NAE_kihelkonnakohtute_kirjad_ja_protokollid_1869-1889, lk 4
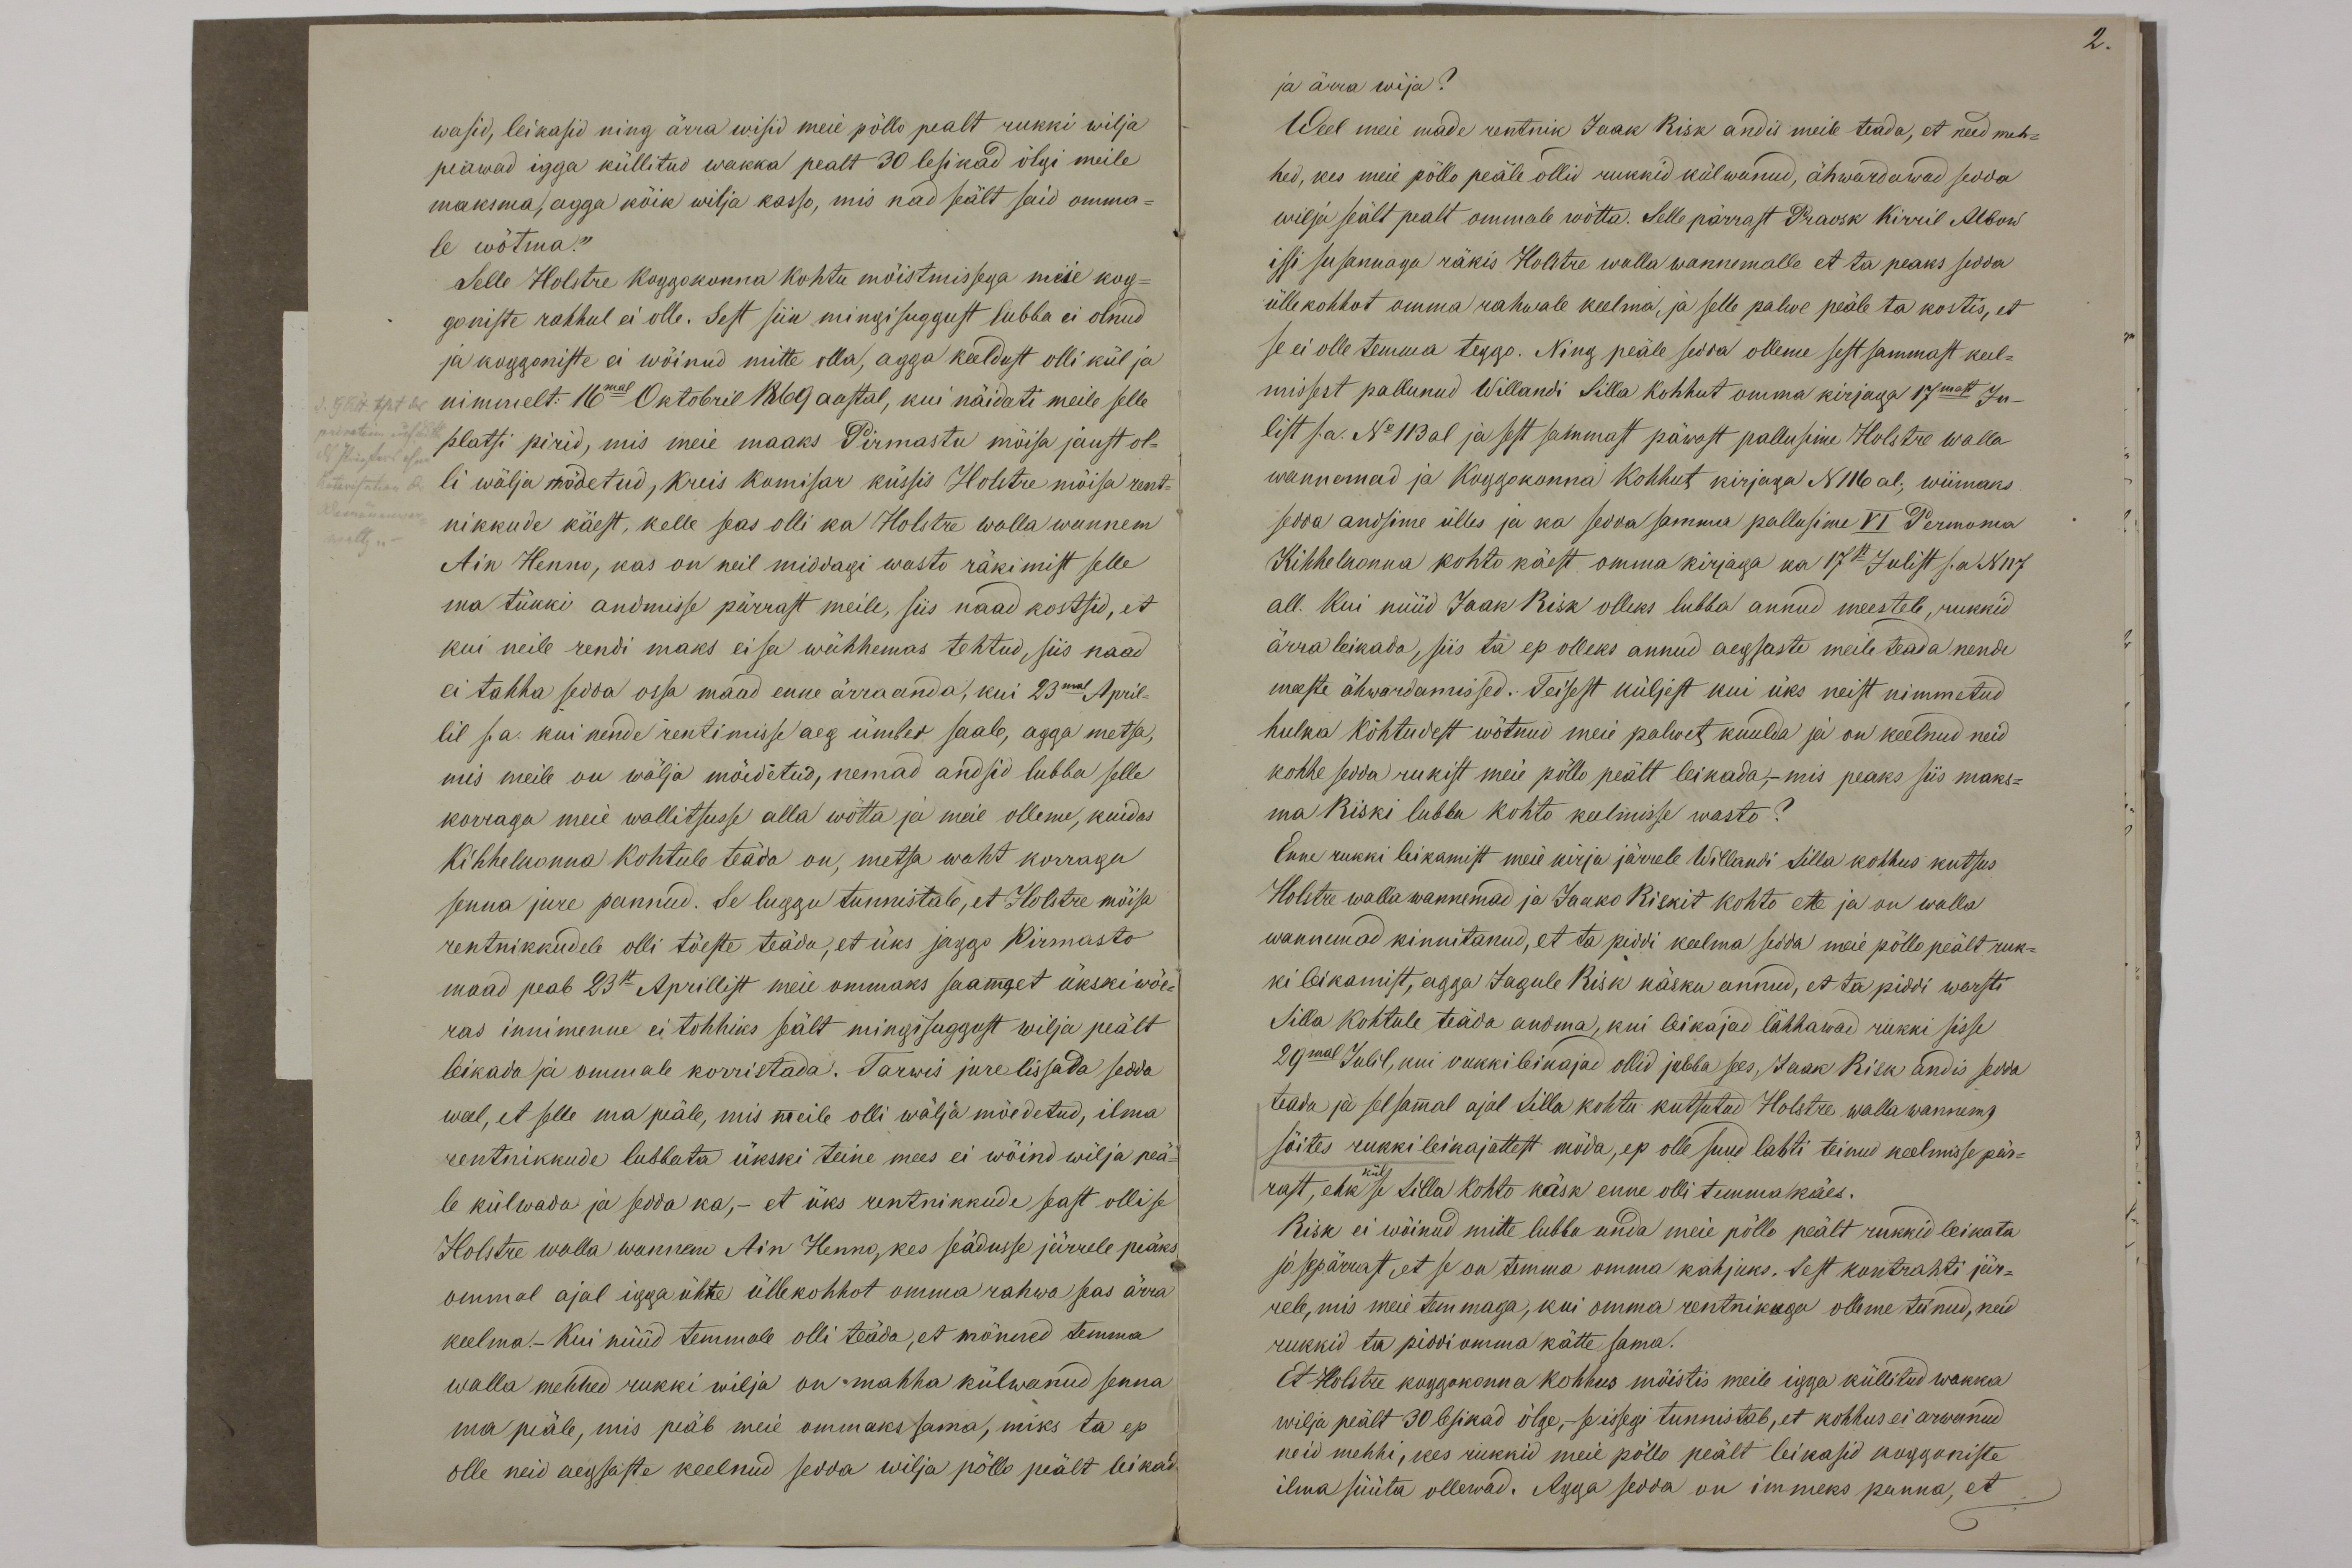
wasid, leikasid ning ärra wisid meie põlla pealt rukki wilja
peawad igga küllitud wakka pealt 30 lepikad õlgi meile
maksma, agga kõik wilja kasso, mis nad seält said omma-
le wõtma."
Selle Holstre koggokonna kohtu mõistmissega meie kog-
goniste rahhul ei olle. Sest siin mingisuggust lubba ei olnud
ja koggoniste ei wõinud mitte olla, agga keeldust olli kül ja
nimmelt: 16mal Oktobril 1869 aastal, kui näidati meile selle
platsi pirid, mis meie maaks Pirmastu mõisa jaust ol-
li wälja mõdetud, kreis komisar küssis Holstre mõisa rent-
nikkude käest, kelle seas olli ka Holstre walla wannem
Ain Henno, kas on neil middagi wasto räkimist selle
ma tükki andmisse pärrast meile, siis naad kostsid, et
kui neile rendi maks ei sa wähhemas tehtud, siis naad
ei tahha sedda ossa maad enne ärra anda, kui 23mal April-
lil s.a. kui nende rentimisse aeg ümber saab, agga metsa,
mis meile on wälja mõedetud, nemad andsid lubba selle
korraga meie wallitsusse alla wõtta ja meie olleme, kuidas
Kihhelkonna kohtule teäda on, metsa waht korraga
senna jure pannud. Se luggu tunnistab, et Holstre mõisa
rentnikkudele olli tõeste teäda, et üks jaggo Pirmasto
maad peab 23st Aprillist meie ommaks saama et ükski wõe-
ras innimenne ei tohhiks seält mingisuggust wilja peält
leikada ja ommale korristada. Tarwis jure lissada sedda
weel, et selle ma peäle, mis meile olli wälja mõedetud, ilma
rentnikkude lubbata ükski teine mees ei wõind wilja peä-
le külwada ja sedda ka, - et üks rentnikkude seast olli se
Holstre walla wannem Ain Henno, kes seadusse järrele peäks
ommal ajal igga ühte üllekohhot omma rahwa seas ärra
keelma.- Kui nüüd temmale olli teäda, et mõnned temma
walla mehhed rukki wilja on mahha külwanud senna
ma peäle, mis peäb meie ommaks sama, miks ta ep
olle neid aegsaste keelnud sedda wilja põlle peält leikad

ja ärra wija?
Weel meie made rentnik Jaak Risk andis meile teada, et need meh-
hed, kes meie põlla peäle ollid rukkid külwanud, ähwardawad sedda
wilja seält pealt ommale wõtta. Selle pärrast Praosk Kirril Albow
issi susannaga räkis Holstre walla wannemalle et ta peaks sedda
üllekohhot omma rahwale keelma, ja selle palwe peäle ta kostis, et
se ei olle temma teggo. Ning peäle sedda olleme sest sammast keel-
missest pallunud Willandi Silla kohhut omma kirjaga 17mast Ju-
list s.a. No 113 al ja sest sammast päwast pallusime Holstre walla
wannemad ja koggokonna kohhut kirjaga N116 al; wiimaks
sedda andsime ülles ja ka sedda samma pallusime VI Pernoma
Kihhelkonna kohto käest omma kirjaga ka 17st Julist s.a N117
all. Kui nüüd Jaak Risk olleks lubba annud meestele, rukkid
ärraleikada, siis ta ep olleks annud aegsaste meile teada nende
meeste ähwardamissed. Teisest küljest kui üks neist nimmetud
hulka kõhtuvest wõtnud meie palwet kuulda ja on keelnud neid
kohhe seoda rukist meie põlle peält leikada,- mis peaks siis maks-
ma Riski lubba kohto keelmisse wasto?
Enne rukki leikamist meie kirja järrele Willandi silla kohhus kutsus
Holstre wallawannemad ja Jaako Riskit kohto ette ja on walla
wannemad kinnitanud, et ta piddi keelma sedda meie põlle peält ruk-
ki leikamist, agga Jagule Risk käsku annud, et ta piddi warsti
Silla kohtule teäda andma, kui leikajad lähhawad rukki sisse
29mal Julil, kui rukki leikajad ollid jubba sees, Jaak Risk andis sedda
teada ja selsamal ajal Silla kohtu kutsutud Holstre wallawannem
sõites rukki leikajattest mõda, ep olle suud lahti teinud keelmisse pär-
rast, ehk se Silla kohto käsk enne olli temma käes.
Risk ei wõinud mitte lubba anda meie põlle peält rukkid leikata
ja sepärrast, et se on temma omma kahjuks. Sest kontrahti jär-
rele, mis meie temmaga, kui omma rentnikuga olleme teinud, neid
rukkid ta piddi omma kätte sama.
Et Holstre koggokonna kohhus mõistis meile igga küllitud wakka
wilja pealt 30 lesikad õlge, se issegi tunnistab, et kohhus ei arwanud
neid mehhi, kes rukkid meie põlle pealt leikasid koggoniste
ilma süüta ollewad. Agga sedda on immeks panna, et